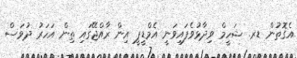
އެގޮތުން ޑރ. ޝަހީމް ވިދާޅުވެފައިވަނީ އެމްޑީޕީ އިން ރާއްޖޭގައި ތިން އަހަރު ދުވަސް